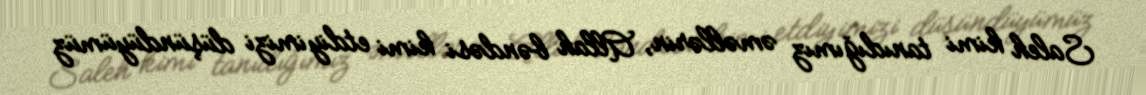
Saleh kimi tanıdığımız əməllərin, Allah bəndəsi kimi etdiyimizi düşündüyümüz